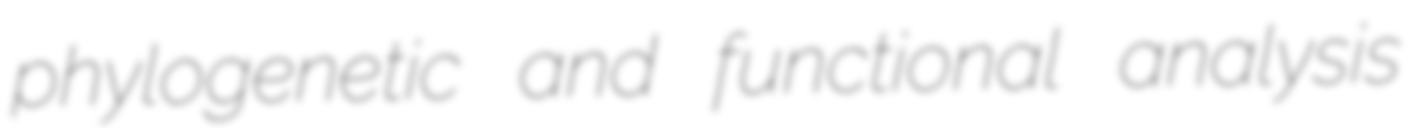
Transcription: phylogenetic and functional analysis